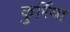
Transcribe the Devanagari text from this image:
कुर्रिया